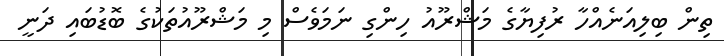
ތިން ބިލިއަނެއްހާ ރުފިޔާގެ މަޝްރޫއު ހިންގި ނަމަވެސް މި މަޝްރޫއުތަކުގެ ބޮޑުބައި ދަނީ